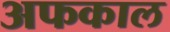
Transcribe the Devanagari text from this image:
अफकाल